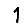
Digit: 1